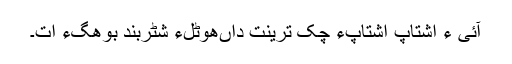
آئی ءَ اِشتاپ اِشتاپءَ چَک تَرینت داںھوٹلءِ شَٹربند بوھگءَ اَت۔